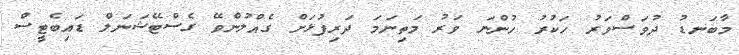
މާބަނޑު ދުވަސްވަރު ހަކުރު ހުންނަ ވަރު މަތިނަމަ ދަރިފުޅަށް ގެއްލުންވޭ ގެސްޓޭޝަނަލް ޑައިބެޓީސް